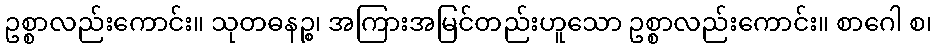
ဥစ္စာလည်းကောင်း။ သုတဓနဉ္စ၊ အကြားအမြင်တည်းဟူသော ဥစ္စာလည်းကောင်း။ စာဂေါ စ၊